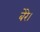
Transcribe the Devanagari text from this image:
बेरे।